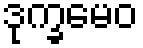
ဒုက္ခမေဝ